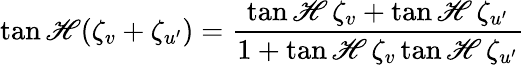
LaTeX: \operatorname{tan\mathscr{H}}(\zeta_{v}+\zeta_{u^{\prime}})={\frac{{\operatorname{tan\mathscr{H}}\zeta_{v}+\operatorname{tan\mathscr{H}}\zeta_{u^{\prime}}}}{{1+\operatorname{tan\mathscr{H}}\zeta_{v}\operatorname{tan\mathscr{H}}\zeta_{u^{\prime}}}}}